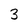
Character: 3